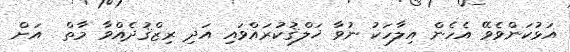
އަޅުކަންވެވޭ އެހެން އިލާހަކު ނުވާ ޚަލްޤުކުރައްވައި އަދި ރިޒްޤުދެއްވާ މާތް  އަށް